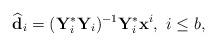
LaTeX: \begin{align*} \widehat{\mathbf{d}}_i=(\mathbf{Y}_i^* \mathbf{Y}_i)^{-1} \mathbf{Y}_i^* \mathbf{x}^i, \ i \leq b,\end{align*}